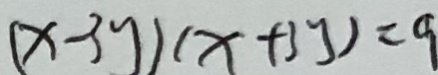
( x - 3 y ) ( x + 3 y ) = 9